Annual report of the Civil Veterinary Department, Bengal, for the year 1896-97 - 1896-1897
Year: 1896
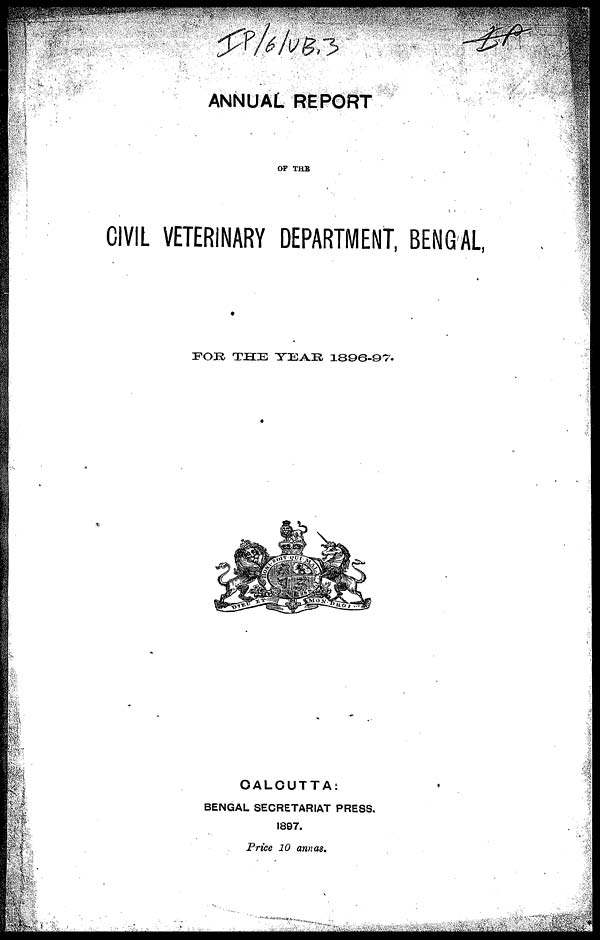
ANNUAL REPORT
OF THE
CIVIL VETERINARY DEPARTMENT, BENGAL,
FOR THE TEAR 1896-97.
CALCUTTA:
BENGAL SECRETARIAT PRESS.
1897.
Price 10 annas.